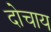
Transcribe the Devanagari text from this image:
दोचाय